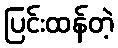
ပြင်းထန်တဲ့